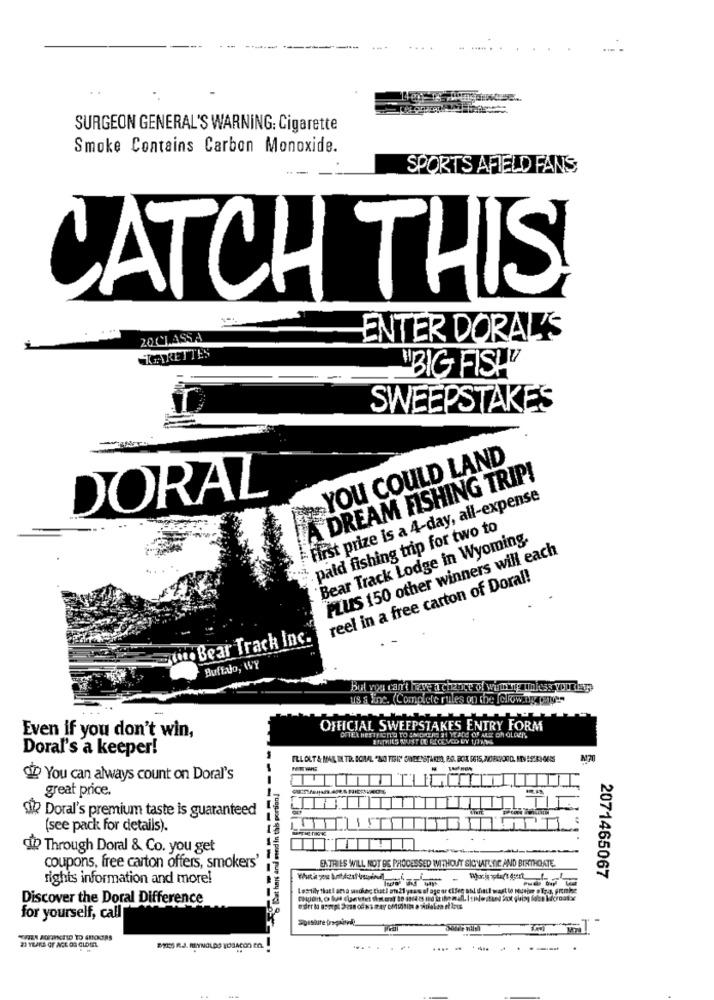
SURGEON GENERAL'S WARNING: Cigarette
Smoke Contains Carbon Monoxide.
SPORTS AFIELD FANS
CATCH THIS
2001.4554
ENTER DORALY'S
HGARETTES
"BIG FISH"
SWEEPSTAKES
YOU COULD LAND
A DREAM FISHING TRIP!
DORAL
first prize is a 4-day, all-expense
. pald fishing trip for two to
Bear Track Lodge in Wyoming.
PLUS 150 other winners will each
reel in a free carton of Doral!
.to Bear Track Inc.
Buffa Jo, WY
Bul vos can't havea chance of wine Imiss yourday
us s line. (Complete rules on the fellow
Even if you don't win,
OFFICIAL SWEEPSTAKES ENTRY FORM
ENTRIES MUST DO RECEIVED BY 1/7/36
Doral's a keeper!
OD You can always count on Doral's
TT
great price.
med in thb portion.
Q? Doral's premium taste is guaranteed
(see pack for details).
TULT
W Through Doral & Co. you get
ENTRIES WILL NOT BE PROCESSED WITHOUT SICHARTIC AND BIRTHDATE.
coupons, free carton offers, smokers'
rights information and more!
Bat hn
----
2071465067
Discover the Doral Difference
for yourself, call
Spssture fragaind
-
..... ...